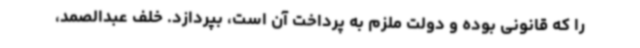
را که قانونی بوده و دولت ملزم به پرداخت آن است، بپردازد. خلف عبدالصمد،